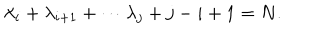
\lambda _ { i } + \lambda _ { i + 1 } + \cdots \lambda _ { j } + j - i + 1 = N .